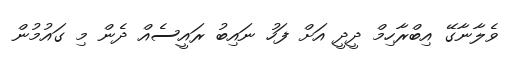
ވެލާނާގޭ އިބްރާހިމް ދީދީ އަށް ފަހު ނައިބު ރައީސެއް ދެން މި ގައުމުން